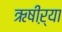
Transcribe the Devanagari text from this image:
ऋषीऱ्या